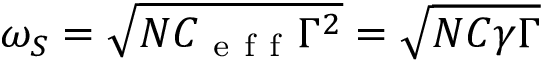
\omega _ { S } = \sqrt { N C _ { \mathrm { ~ e ~ f ~ f ~ } } \Gamma ^ { 2 } } = \sqrt { N C \gamma \Gamma }